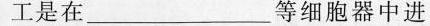
工是在___等细胞器中进